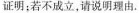
证明；若不成立，请说明理由.